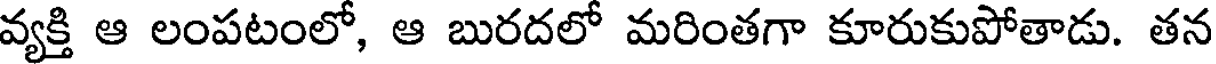
వ్యక్తి ఆ లంపటంలో, ఆ బురదలో మరింతగా కూరుకుపోతాడు. తన